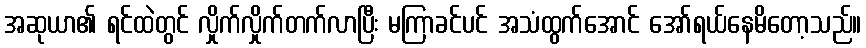
အဆုယာ၏ ရင်ထဲတွင် လှိုက်လှိုက်တက်လာပြီး မကြာခင်ပင် အသံထွက်အောင် အော်ရယ်နေမိတော့သည်။